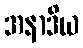
အနာဒိယ